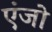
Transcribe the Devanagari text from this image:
एंजो